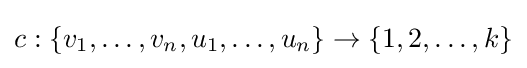
c:\{v_{1},\ldots ,v_{n},u_{1},\ldots ,u_{n}\}\to \{1,2,\ldots ,k\}